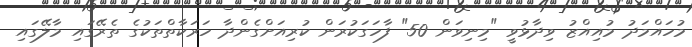
މުހައްމަދު މުއިއްޒު ވިދާޅުވީ "މިނިވަން 50" ފާހަގަކުރަން ކުރިއަށްގެންދާ ހަރަކާތްތަކުގެ ތެރޭގައި މާލޭގައި